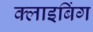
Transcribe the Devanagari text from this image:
क्लाइबिंग